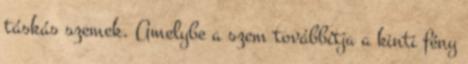
táskás szemek. Amelybe a szem továbbítja a kinti fény